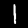
Digit: 1